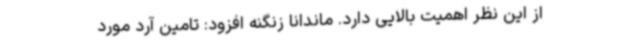
از این نظر اهمیت بالایی دارد. ماندانا زنگنه افزود: تامین آرد مورد